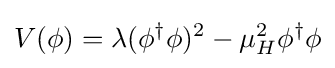
V(\phi )=\lambda (\phi ^{\dagger }\phi )^{2}-\mu _{H}^{2}\phi ^{\dagger }\phi